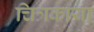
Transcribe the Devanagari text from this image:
चित्रकाया